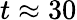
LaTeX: t\approx 30